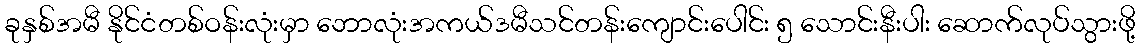
ခုနှစ်အမီ နိုင်ငံတစ်ဝန်းလုံးမှာ ဘောလုံးအကယ်ဒမီသင်တန်းကျောင်းပေါင်း ၅ သောင်းနီးပါး ဆောက်လုပ်သွားဖို့